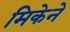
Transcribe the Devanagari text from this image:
मिकेने